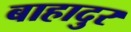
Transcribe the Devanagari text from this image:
बाहादुर